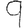
Digit: 9